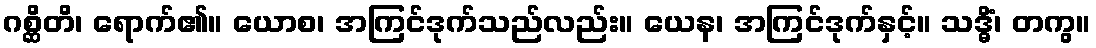
ဂစ္ဆိတိ၊ ရောက်၏။ ယောစ၊ အကြင်ဒုက်သည်လည်း။ ယေန၊ အကြင်ဒုက်နှင့်။ သဒ္ဓိံ၊ တကွ။